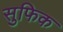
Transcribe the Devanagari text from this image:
सुफिक